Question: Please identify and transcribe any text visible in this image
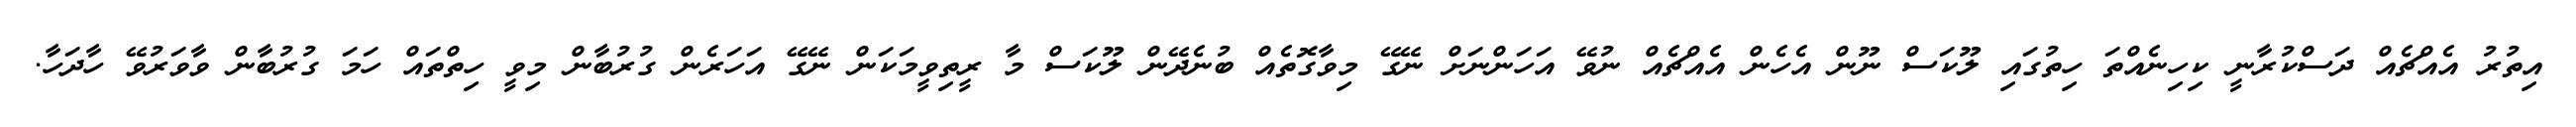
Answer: އިތުރު އެއްޗެއް ދަސްކުރާނީ ކިހިނެއްތަ ހިތުގައި ލޫކަސް ނޫން އެހެން އެއްޗެއް ނުވޭ އަހަންނަށް ނޭގޭ މިވާގޮތެއް ބުނެދޭން ލޫކަސް މާ ރީތިވީމަކަން ނޭގޭ އަހަރެން ގުރުބާން މިވީ ހިތްތައް ހަމަ ގުރުބާން ވާވަރުވޭ ހާދަހާ.